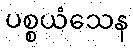
ပစ္စယံသေန